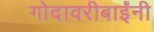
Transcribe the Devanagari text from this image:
गोदावरीबाईंनी